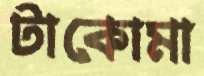
টাকোমা